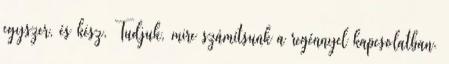
egyszer, és kész. Tudjuk, mire számítsunk a regénnyel kapcsolatban.